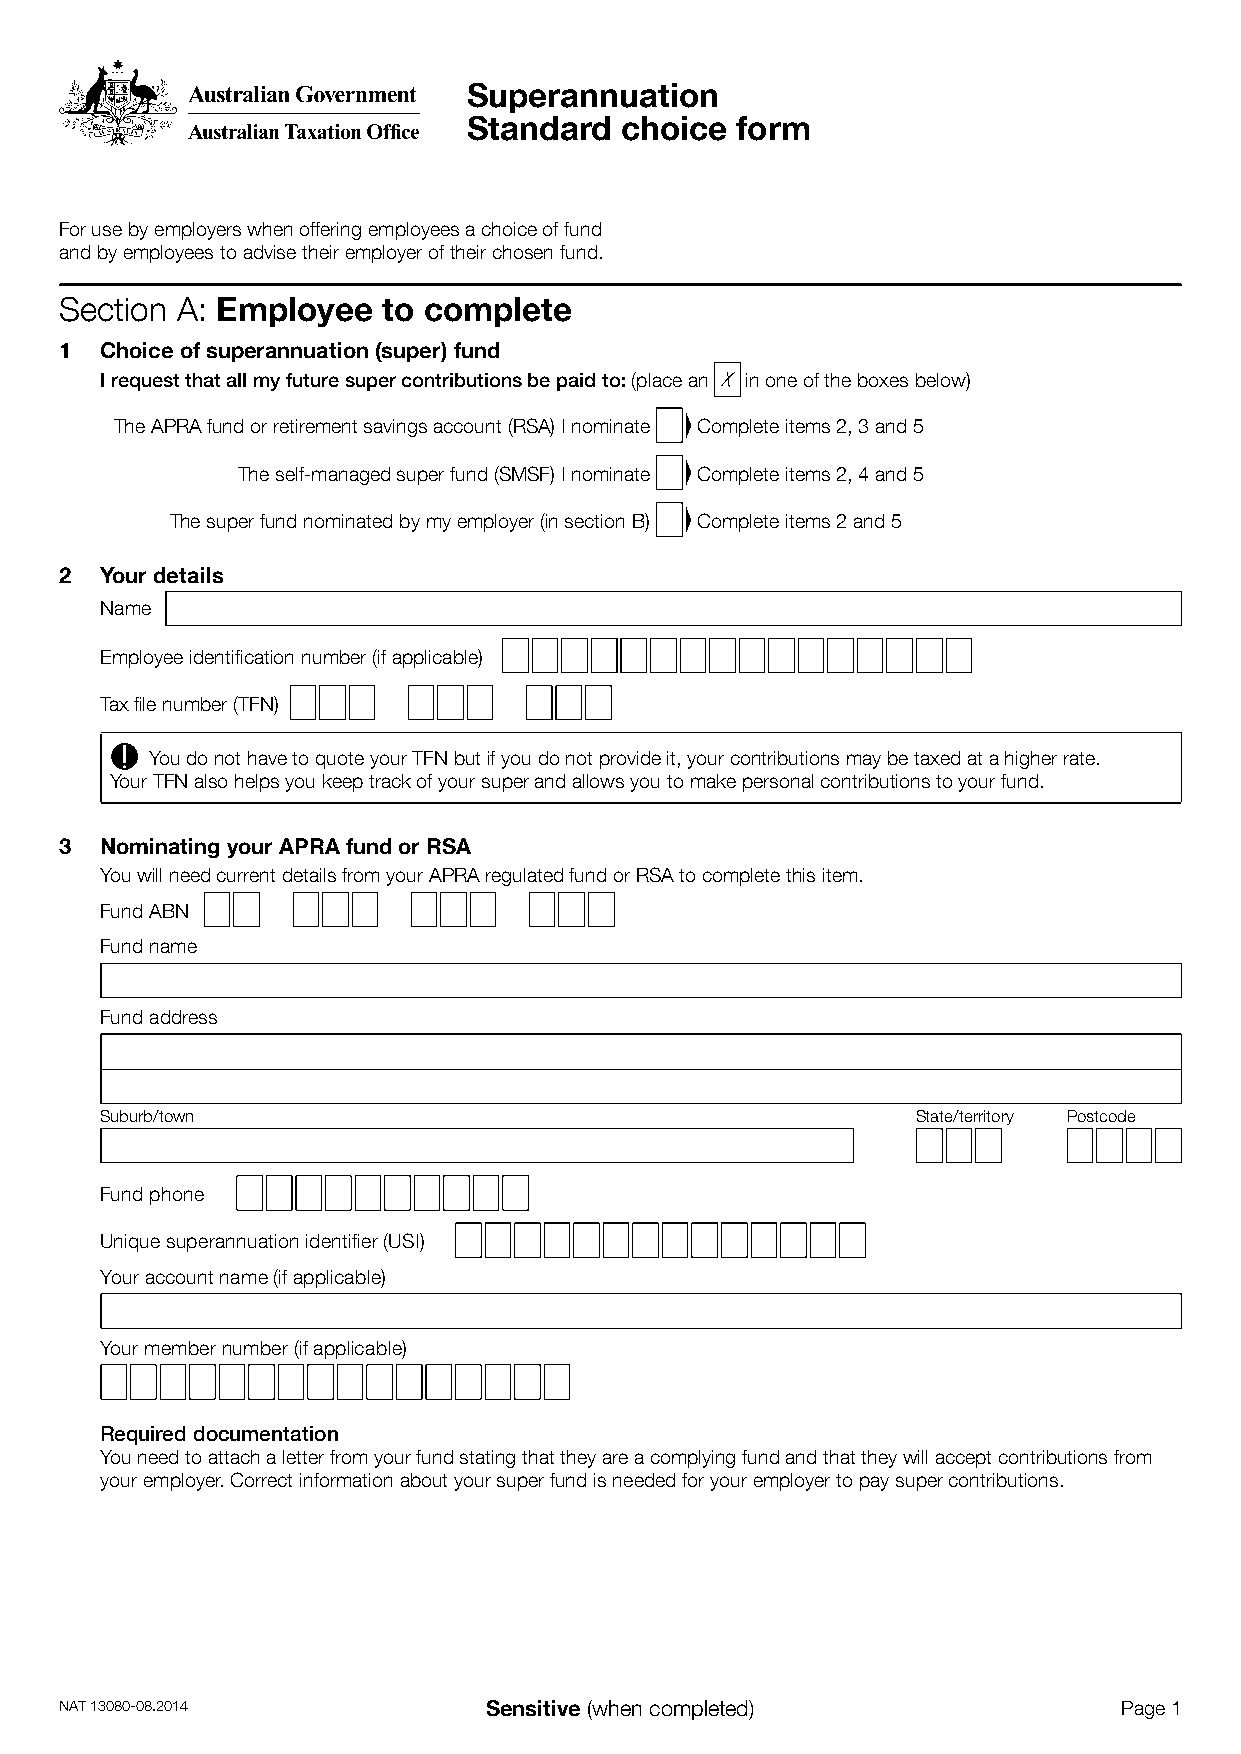
Superannuation
 Standard  choice  form
 For use by employers when offering employees a choice of fund
 and by employees to advise their employer of their chosen fund.
 Section A: Employee  to complete
 1  Choice of superannuation (super) fund
 I request that all my future super contributions be paid to: (place an X in one of the boxes below)
 The APRA fund or retirement savings account (RSA) I nominate Complete items 2, 3 and 5
 The self‑managed super fund (SMSF) I nominate Complete items 2, 4 and 5
 The super fund nominated by my employer (in section B) Complete items 2 and 5
 2  Your details
 Name
 Employee identification number (if applicable)
 Tax file number (TFN)
 You do not have to quote your TFN but if you do not provide it, your contributions may be taxed at a higher rate.
 Your TFN also helps you keep track of your super and allows you to make personal contributions to your fund.
 3  Nominating your APRA fund or RSA
 You will need current details from your APRA regulated fund or RSA to complete this item.
 Fund ABN
 Fund name
 Fund address
 Suburb/town                                           State/territory Postcode
 Fund phone
 Unique superannuation identifier (USI)
 Your account name (if applicable)
 Your member number (if applicable)
 Required documentation
 You need to attach a letter from your fund stating that they are a complying fund and that they will accept contributions from
 your employer. Correct information about your super fund is needed for your employer to pay super contributions.
 NAT 13080‑08.2014           Sensitive (when completed)                Page 1